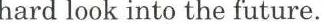
hard look into the future.